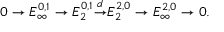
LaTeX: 0 \to E _ { \infty } ^ { 0 , 1 } \to E _ { 2 } ^ { 0 , 1 } { \overset { d } { \to } } E _ { 2 } ^ { 2 , 0 } \to E _ { \infty } ^ { 2 , 0 } \to 0 .